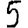
Digit: 5